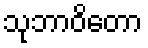
သုဘာဝိတော